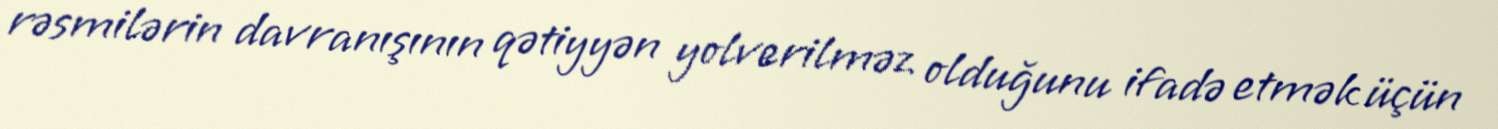
rəsmilərin davranışının qətiyyən yolverilməz olduğunu ifadə etmək üçün